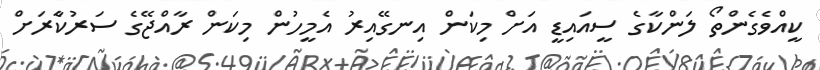
ކީއްވެގެންތޯ ލަންކާގެ ސީއައިޑީ އަށް މިކަން އިނގޭއިރު އެމީހުން މިކަން ރާއްޖޭގެ ސަރުކާެރަށް